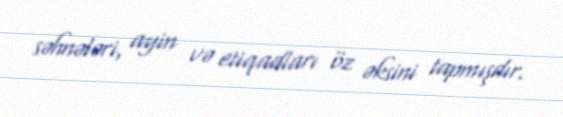
səhnələri, ayin və etiqadları öz əksini tapmışdır.